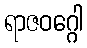
ရာဇဝဂ္ဂေါ